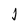
Character: j